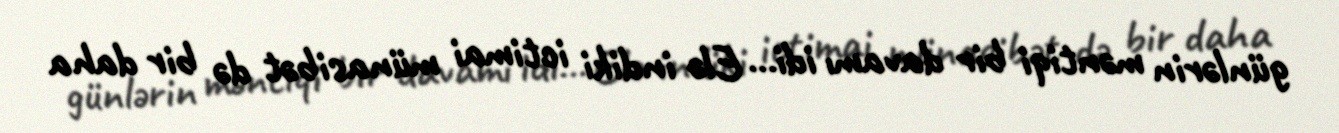
günlərin məntiqi bir davamı idi... Elə indiki ictimai münasibət də bir daha